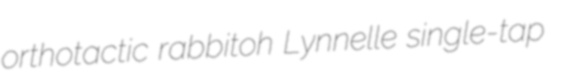
orthotactic rabbitoh Lynnelle single-tap